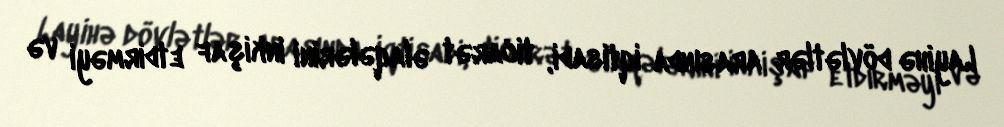
Layihə dövlətlər arasında iqtisadi, ticarət əlaqələrini inkişaf etdirməyi və